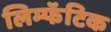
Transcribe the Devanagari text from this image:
लिम्फॅटिक